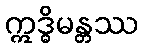
ဣဒ္ဓိမန္တဿ